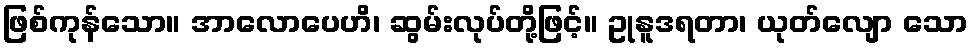
ဖြစ်ကုန်သော။ အာလောပေဟိ၊ ဆွမ်းလုပ်တို့ဖြင့်။ ဥုနူဒရတာ၊ ယုတ်လျော သော